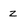
Character: z